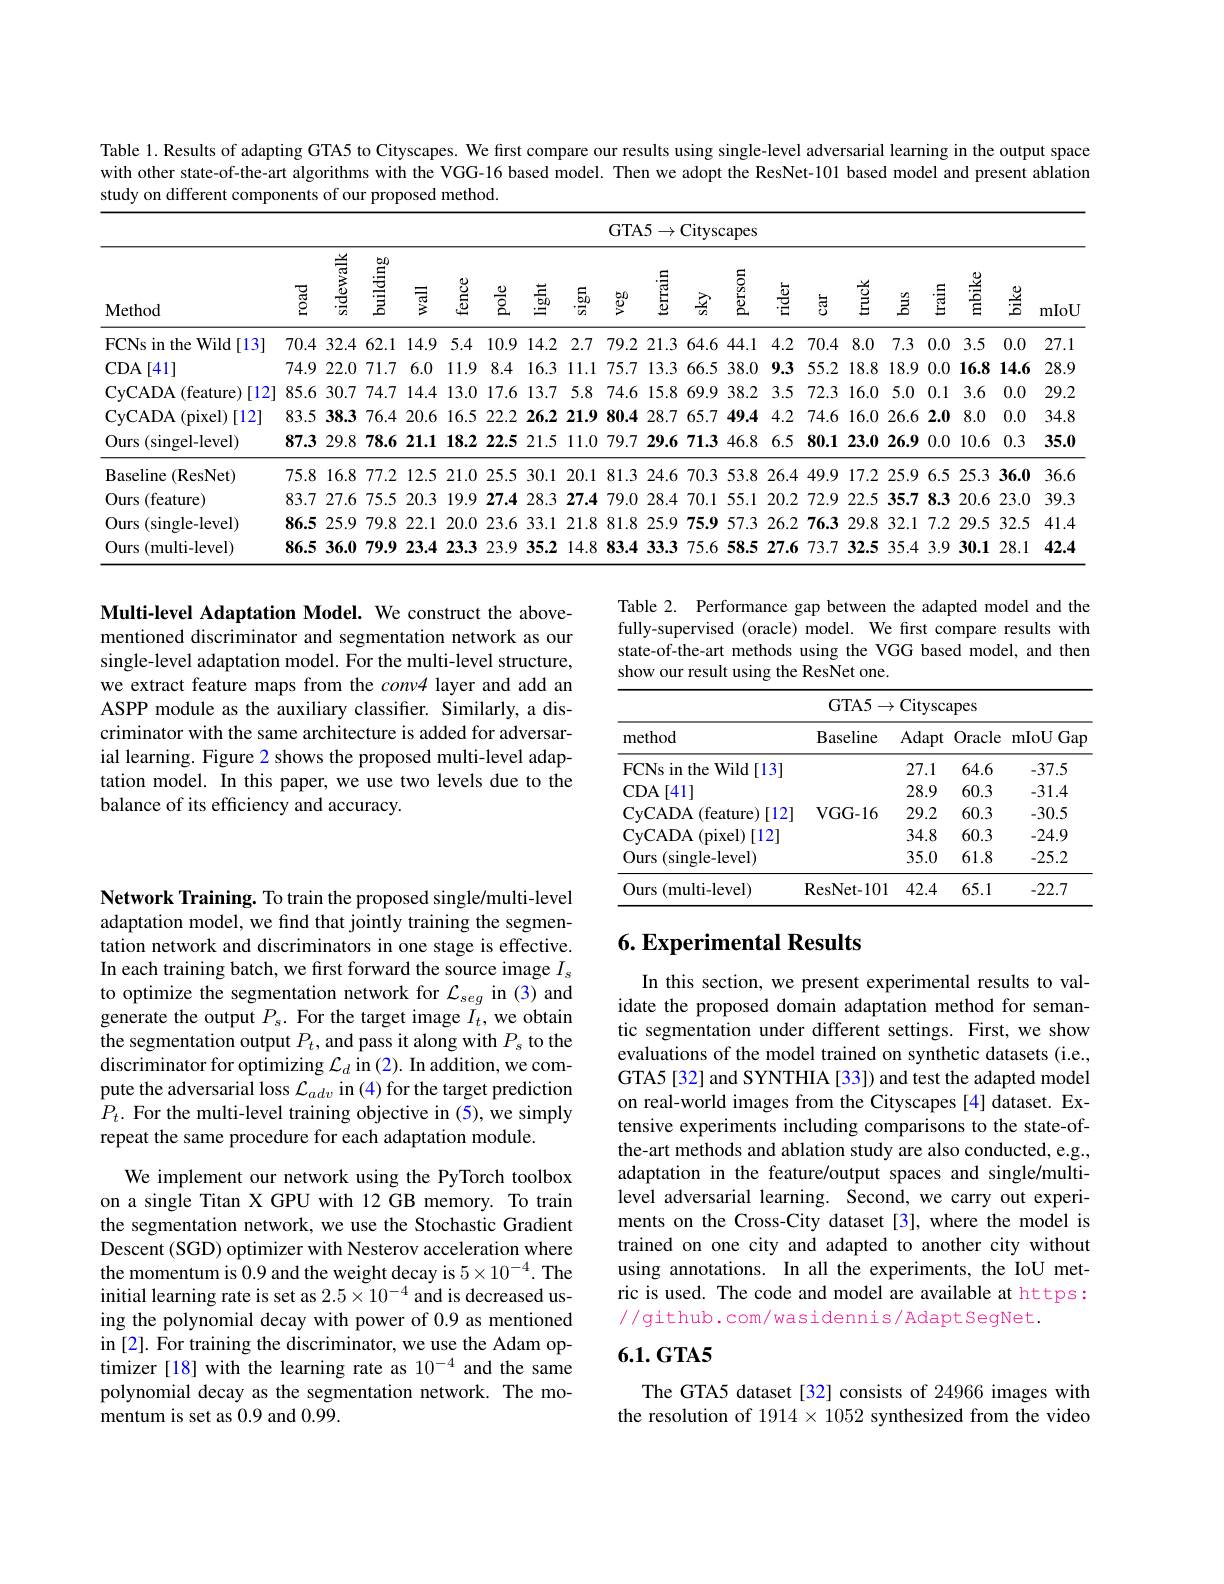
Table 1. Results of adapting GTA5 to Cityscapes. We first compare our results using single-level adversarial learning in the output space with other state-of-the-art algorithms with the VGG-16 based model. Then we adopt the ResNet-101 based model and present ablation study on different components of our proposed method

<table>
	<tbody>
		<tr>
			<th rowspan="2">$\mathbf{Method}$</th>
			<th> </th>
			<th colspan="19">GTA5$\to$Cityscapes</th>
		</tr>
		<tr>
			<th>$ਡੂ$</th>
			<th>sidewalk</th>
			<th>building</th>
			<th>$ਵੂ$</th>
			<th></th>
			<th>$\stackrel{\frac{0}{2}}{\frac{1}{2}}$</th>
			<th>$\overset{\mathrm{黃}}{\operatorname*{\operatorname*{=}}}$</th>
			<th>$\frac{50}{5}$</th>
			<th>$\underrightarrow{\Phi}^{50}$</th>
			<th>還</th>
			<th>$\sum_{n}^{\infty}$</th>
			<th>$\sum_{n=1}^{\infty}$</th>
			<th>할</th>
			<th>할</th>
			<th>萱</th>
			<th>LIUCA 1</th>
			<th> </th>
			<th></th>
			<th></th>
			<th>mIoU</th>
		</tr>
		<tr>
			<td>FCNs in the Wild[13]</td>
			<td>70.4</td>
			<td>32.4</td>
			<td>62.1</td>
			<td>14.9</td>
			<td>5.4</td>
			<td>0.9 1.</td>
			<td>14.2</td>
			<td>2.7</td>
			<td>79.2</td>
			<td>21.3</td>
			<td>64.6</td>
			<td>44.1</td>
			<td>4.2 1</td>
			<td>..2 $7t$</td>
			<td>8.( .4 </td>
			<td>0 7.</td>
			<td>3 0.</td>
			<td>3.5 1</td>
			<td>0.0</td>
			<td>27.1</td>
		</tr>
		<tr>
			<td>$CDA$ [41]</td>
			<td>74.9</td>
			<td>22.0</td>
			<td>71.7</td>
			<td>6.0 1</td>
			<td>11.9 </td>
			<td>:.4 1 </td>
			<td>16.3</td>
			<td>.1.1 1</td>
			<td>75.7</td>
			<td>13.3</td>
			<td>66.5</td>
			<td>38.0</td>
			<td>9.3 $j$</td>
			<td>.3 5:</td>
			<td>2 18.</td>
			<td>$\vdots.8$ 18</td>
			<td>9 0.</td>
			<td>16.8</td>
			<td>14.6</td>
			<td>28.9</td>
		</tr>
		<tr>
			<td>CyCADA (feature) [12]</td>
			<td>85.6</td>
			<td>30.7</td>
			<td>74.7</td>
			<td>14.4 1</td>
			<td>13.0</td>
			<td>7.6 1</td>
			<td>13.7</td>
			<td>5.8</td>
			<td>74.6</td>
			<td>15.8</td>
			<td>69.9</td>
			<td>38.2</td>
			<td>3.5 2</td>
			<td>$i.5$ $7^{\prime}.$</td>
			<td>3 16.</td>
			<td>$\therefore0$ 5. </td>
			<td>0 0.</td>
			<td>3.6</td>
			<td>0.0</td>
			<td>29.2</td>
		</tr>
		<tr>
			<td>CyCADA (pixel) )[12]</td>
			<td>83.5</td>
			<td>38.3</td>
			<td>76.4</td>
			<td>20.6 1</td>
			<td>16.5</td>
			<td>2.2 2</td>
			<td>26.2</td>
			<td>21.9</td>
			<td>80.4</td>
			<td>28.7</td>
			<td>65.7</td>
			<td>49.4</td>
			<td>4.2 4</td>
			<td>..2 7.</td>
			<td>16. 6</td>
			<td>$\therefore0$ 26 1</td>
			<td>.6 2.</td>
			<td>8.0</td>
			<td>0.0</td>
			<td>34.8</td>
		</tr>
		<tr>
			<td>Ours (singel-level)</td>
			<td>87.3</td>
			<td>29.8</td>
			<td>78.6</td>
			<td>21.1 1</td>
			<td>18.2</td>
			<td>2.5 2</td>
			<td>21.5</td>
			<td>11.0</td>
			<td>79.7</td>
			<td>29.6</td>
			<td>71.3</td>
			<td>46.8</td>
			<td>6.5 3</td>
			<td>$i.5$ 81</td>
			<td>23. 1</td>
			<td>26 $i.0$</td>
			<td>9 0.</td>
			<td>10.6 1</td>
			<td>0.3</td>
			<td>35.0</td>
		</tr>
		<tr>
			<td>Baseline $:(\mathbf{R}$esNet)</td>
			<td>75.8</td>
			<td>16.8</td>
			<td>77.2</td>
			<td>12.5 2</td>
			<td>21.0</td>
			<td>5.5 3</td>
			<td>30.1</td>
			<td>20.1</td>
			<td>81.3</td>
			<td>24.6</td>
			<td>70.3</td>
			<td>53.8</td>
			<td>26. 3</td>
			<td>6.4 4</td>
			<td>9 17.</td>
			<td>.2 25</td>
			<td>.9 6.</td>
			<td>25.3</td>
			<td>36.0</td>
			<td>36.6</td>
		</tr>
		<tr>
			<td>Ours (feature)</td>
			<td>83.7</td>
			<td>27.6</td>
			<td>75.5</td>
			<td>20.3 1</td>
			<td>19.9</td>
			<td>7.4 2</td>
			<td>28.3</td>
			<td>27.4</td>
			<td>79.0</td>
			<td>28.4</td>
			<td>70.1</td>
			<td>55.1</td>
			<td>20. 1</td>
			<td>0.2 7.</td>
			<td>9 22.</td>
			<td>...5 35</td>
			<td>7 8.</td>
			<td>20.6</td>
			<td>23.0</td>
			<td>39.3</td>
		</tr>
		<tr>
			<td>Ours (single- level)</td>
			<td>86.5</td>
			<td>25.9</td>
			<td>79.8</td>
			<td>22.1 2</td>
			<td>20.0</td>
			<td>3.6 3 </td>
			<td>33.1</td>
			<td>21.8</td>
			<td>81.8</td>
			<td>25.9</td>
			<td>75.9</td>
			<td>57.3</td>
			<td>26. 3</td>
			<td>6.2 71</td>
			<td>.3 29.</td>
			<td>.8 32</td>
			<td>1 7.</td>
			<td>29.5</td>
			<td>32.5</td>
			<td>41.4</td>
		</tr>
		<tr>
			<td>Ours $({\mathrm{multi-level}})$</td>
			<td>86.5</td>
			<td>36.0</td>
			<td>79.9</td>
			<td>23.4 2 1</td>
			<td>23.3</td>
			<td>3.9 3</td>
			<td>35.2</td>
			<td>14.8</td>
			<td>83.4</td>
			<td>33.3</td>
			<td>75.6</td>
			<td>58.5</td>
			<td>27. 5</td>
			<td>7.6 $7^{\prime}.$</td>
			<td>32. 7</td>
			<td>..5 35</td>
			<td>4 3. 1</td>
			<td>30.1</td>
			<td>28.1</td>
			<td>42.4</td>
		</tr>
	</tbody>
</table>

Table 2. Performance gap between the adapted model and the fully-supervised (oracle) model. We first compare results with state-of-the-art methods using the VGG based model, and then show our result using the ResNet one.

Multi-level Adaptation Model. We construct the abovementioned discriminator and segmentation network as our single-level adaptation model. For the multi-level structure, we extract feature maps from the $conv4$ layer and add an ASPP module as the auxiliary classifer. Similarly, a discriminator with the same architecture is added for adversarial learning. Figure 2 shows the proposed multi-level adaptation model. In this paper, we use two levels due to the balance of its efficiency and accuracy.

<table>
	<tbody>
		<tr>
			<th colspan="5">GTA5$\to$Cityscapes</th>
		</tr>
		<tr>
			<th>method</th>
			<th>Baseline</th>
			<th>Adapt</th>
			<th>Oracle</th>
			<th>mIoU Gap</th>
		</tr>
		<tr>
			<td>FCNs in the ${\mathrm{e~Wild}}$ [13]</td>
			<td> </td>
			<td>27.1</td>
			<td>64.6</td>
			<td>-37.5</td>
		</tr>
		<tr>
			<td>$CDA$ [41]</td>
			<td> </td>
			<td>28.9</td>
			<td>60.3</td>
			<td>-31.4</td>
		</tr>
		<tr>
			<td>CyCADA(feature)[12]</td>
			<td>VGG- 16</td>
			<td>29.2</td>
			<td>60.3</td>
			<td>-30.5</td>
		</tr>
		<tr>
			<td>CyCADA ${\mathbf{\Lambda}}($pixel)[12] 1</td>
			<td> </td>
			<td>34.8</td>
			<td>60.3</td>
			<td>-24.9</td>
		</tr>
		<tr>
			<td>Ours (single-level)</td>
			<td> </td>
			<td>35.0</td>
			<td>61.8</td>
			<td>-25.2</td>
		</tr>
		<tr>
			<td>Ours $({\mathrm{multi-level}})$</td>
			<td>ResNet- 101</td>
			<td>42.4</td>
			<td>65.1</td>
			<td>-22.7</td>
		</tr>
	</tbody>
</table>

## $6. \textbf{Experimental Results}$

Network Training. To train the proposed single/multi-level adaptation model, we find that jointly training the segmentation network and discriminators in one stage is effective. In each training batch, we first forward the source image $I_s$ $\begin{array}{l}{\text{to optimize the segmentation network for }\mathcal{L}_{seg}}&{\mathrm{in~(3)~and}}\\{\text{generate the output }P_{s.}}&{\mathrm{For~the~target~image~}I_{t},\mathrm{we~obtain}}\end{array}$ the segmentation output $P_t$, and pass it along with $P_s$ to the discriminator for optimizing $\mathcal{L}_d$ in (2). In addition, we compute the adversarial loss $\mathcal{L}_adv$ in (4) for the target prediction $P_t.$ For the multi-level training objective in (5), we simply repeat the same procedure for each adaptation module.

In this section, we present experimental results to validate the proposed domain adaptation method for semantic segmentation under different settings. First, we show evaluations of the model trained on synthetic datasets (i.e., GTA5[32] and SYNTHIA [33]) and test the adapted model on real-world images from the Cityscapes [4] dataset. Extensive experiments including comparisons to the state-ofthe-art methods and ablation study are also conducted, e.g., adaptation in the feature/output spaces and single/multilevel adversarial learning. Second, we carry out experiments on the Cross-City dataset [3], where the model is trained on one city and adapted to another city without using annotations. In all the experiments, the IoU metric is used. The code and model are available at https: //github.com/wasidennis/AdaptSegNet.

We implement our network using the PyTorch toolbox on a single Titan X GPU with 12 GB memory. To train the segmentation network, we use the Stochastic Gradient Descent (SGD) optimizer with Nesterov acceleration where the momentum is 0.9 and the weight decay is $5\times10^{-4}.$ The initial learning rate is set as $2.5\times10^{-4}$ and is decreased using the polynomial decay with power of 0.9 as mentioned in [2]. For training the discriminator, we use the Adam optimizer [18] with the learning rate as 10$^{-4}$ and the same polynomial decay as the segmentation network. The momentum is set as 0.9 and 0.99.

### $6.1.\mathbf{GTA5}$

The GTA5 dataset [32] consists of 24966 images with the resolution of $1914\times1052$ synthesized from the video